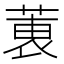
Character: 𫈶